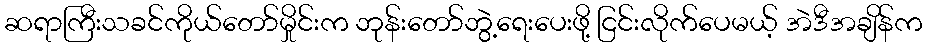
ဆရာကြီးသခင်ကိုယ်တော်မှိုင်းက ဘုန်းတော်ဘွဲ့ရေးပေးဖို့ ငြင်းလိုက်ပေမယ့် အဲဒီအချိန်က